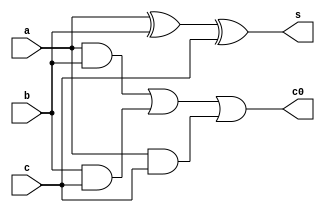
/*
 * Objective: Full Adder
 * Description: Writing a verilog code for full adder implementation with test bench using $monitor function.
 * Version: 1.0.01
 * Other files: Not required
 * Status: Ok
 */

module full_adder(a, b, c, s, c0);
	input a, b, c;
	output s, c0;
	assign s = a^b^c;
	assign c0 = (a & b) | (b & c) | (a & c);
endmodule


module testbench;
	reg a, b, c;
	wire sum, cout;
	
	full_adder FA (.a(a), .b(b), .c(c), .s(sum), .c0(cout));
	
	initial
		begin
			$monitor ($time, " a=%b. b=%b, c=%b, s=%b, co=%b", a, b, c, sum, cout);
			#5 a = 0; b = 0; c = 1;
			#5 a = 1;
			#5 b = 1;
			#5 a = 0; b = 0; c = 0;
			#5 $finish;
		end
endmodule